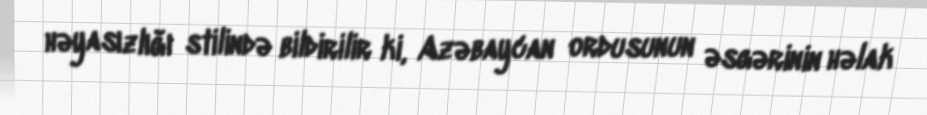
həyasızlığı stilində bildirilir ki, Azəbaycan ordusunun əsgərinin həlak